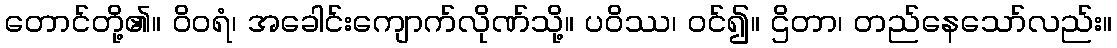
တောင်တို့၏။ ဝိဝရံ၊ အခေါင်းကျောက်လိုဏ်သို့။ ပဝိဿ၊ ဝင်၍။ ဌိတာ၊ တည်နေသော်လည်း။